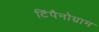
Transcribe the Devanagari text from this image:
टिंपैनोग्राम